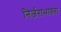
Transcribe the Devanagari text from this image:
निर्जराभावना